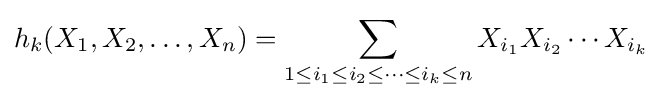
h_{k}(X_{1},X_{2},\dots ,X_{n})=\sum _{1\leq i_{1}\leq i_{2}\leq \cdots \leq i_{k}\leq n}X_{i_{1}}X_{i_{2}}\cdots X_{i_{k}}